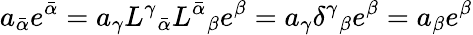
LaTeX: a_{\bar{\alpha}}e^{\bar{\alpha}}=a_{\gamma}L^{\gamma}{}_{\bar{\alpha}}L^{\bar{\alpha}}{}_{\beta}e^{\beta}=a_{\gamma}\delta^{\gamma}{}_{\beta}e^{\beta}=a_{\beta}e^{\beta}